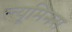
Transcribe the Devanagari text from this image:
ल्यूमिनस